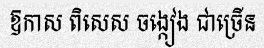
ឱកាស ពិសេស ចង្កៀង ជាច្រើន